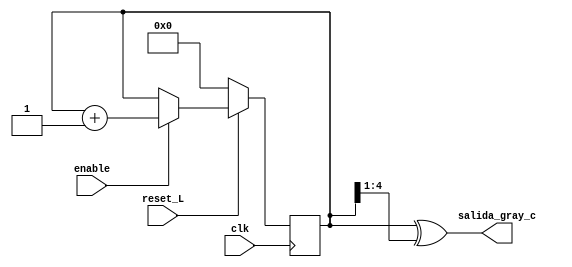
module gray_counter_cond(
    input clk,
    input enable,
    input reset_L,
    output [4:0] salida_gray_c
);

reg [4:0] count;

always @(posedge clk) begin
    if (reset_L == 0) begin
        count <= 'b00000;
    end
    else begin
        if (enable == 0) count <= count;
        if (enable == 1) count <= count + 1;
    end
end



assign salida_gray_c = count ^ (count >> 1);

endmodule